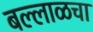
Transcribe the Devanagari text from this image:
बल्लाळचा